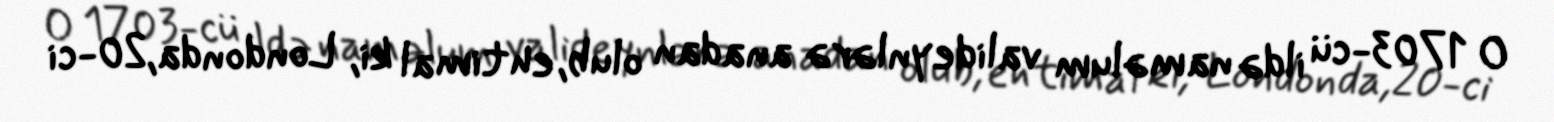
O 1703-cü ildə naməlum valideynlərə anadan olub, ehtimal ki, Londonda,20-ci